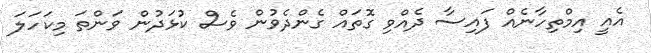
އެެއީ އިމްތިހާނެއް ފައިސާ ދެއްވި ގޮތައް ގެންދެވުން ވެސް ކުޅަދުން ވަންތަ މިކަހަލަ